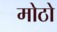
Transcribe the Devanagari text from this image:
मोठो